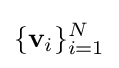
\{\mathbf {v} _{i}\}_{i=1}^{N}